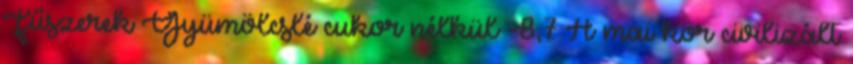
Fűszerek Gyümölcslé cukor nélkül -8,7 A mai kor civilizált